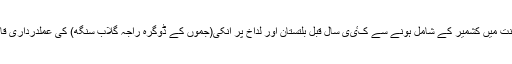
یعنی جموں سلطنت میں کشمیر کے شامل ہونے سے کٸی سال قبل بلتستان اور لداخ پر انکی(جموں کے ڈوگرہ راجہ گلاب سنگھ) کی عملدرداری قاٸم ہوچکی تھی۔